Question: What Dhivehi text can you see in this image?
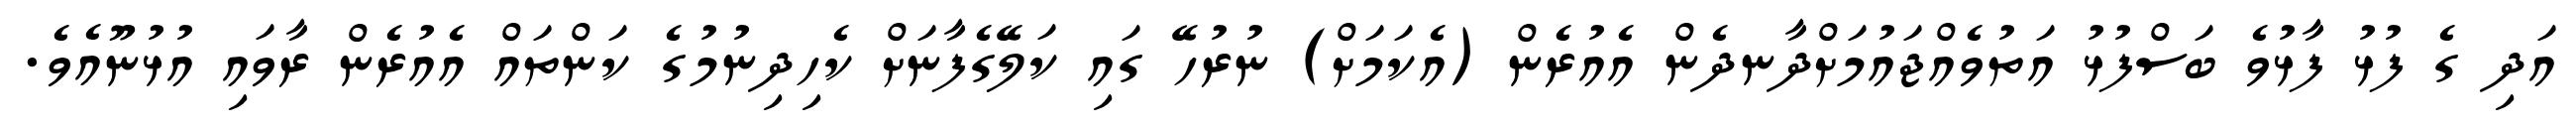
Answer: އަދި ގެ ފުޅު ފާޅުވެ ބަސްފުޅު އަތުވެއްޖައުމަށްދާނދެން އެއުރެން (އެކަމަށް) ނުރުހޭ ގައި ކަލޭގެފާނަށް ކެހިދިނުމުގެ ކަންތައް އެއުރެން ރާވައި އުޅުނޫއެވެ.